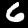
Digit: 6